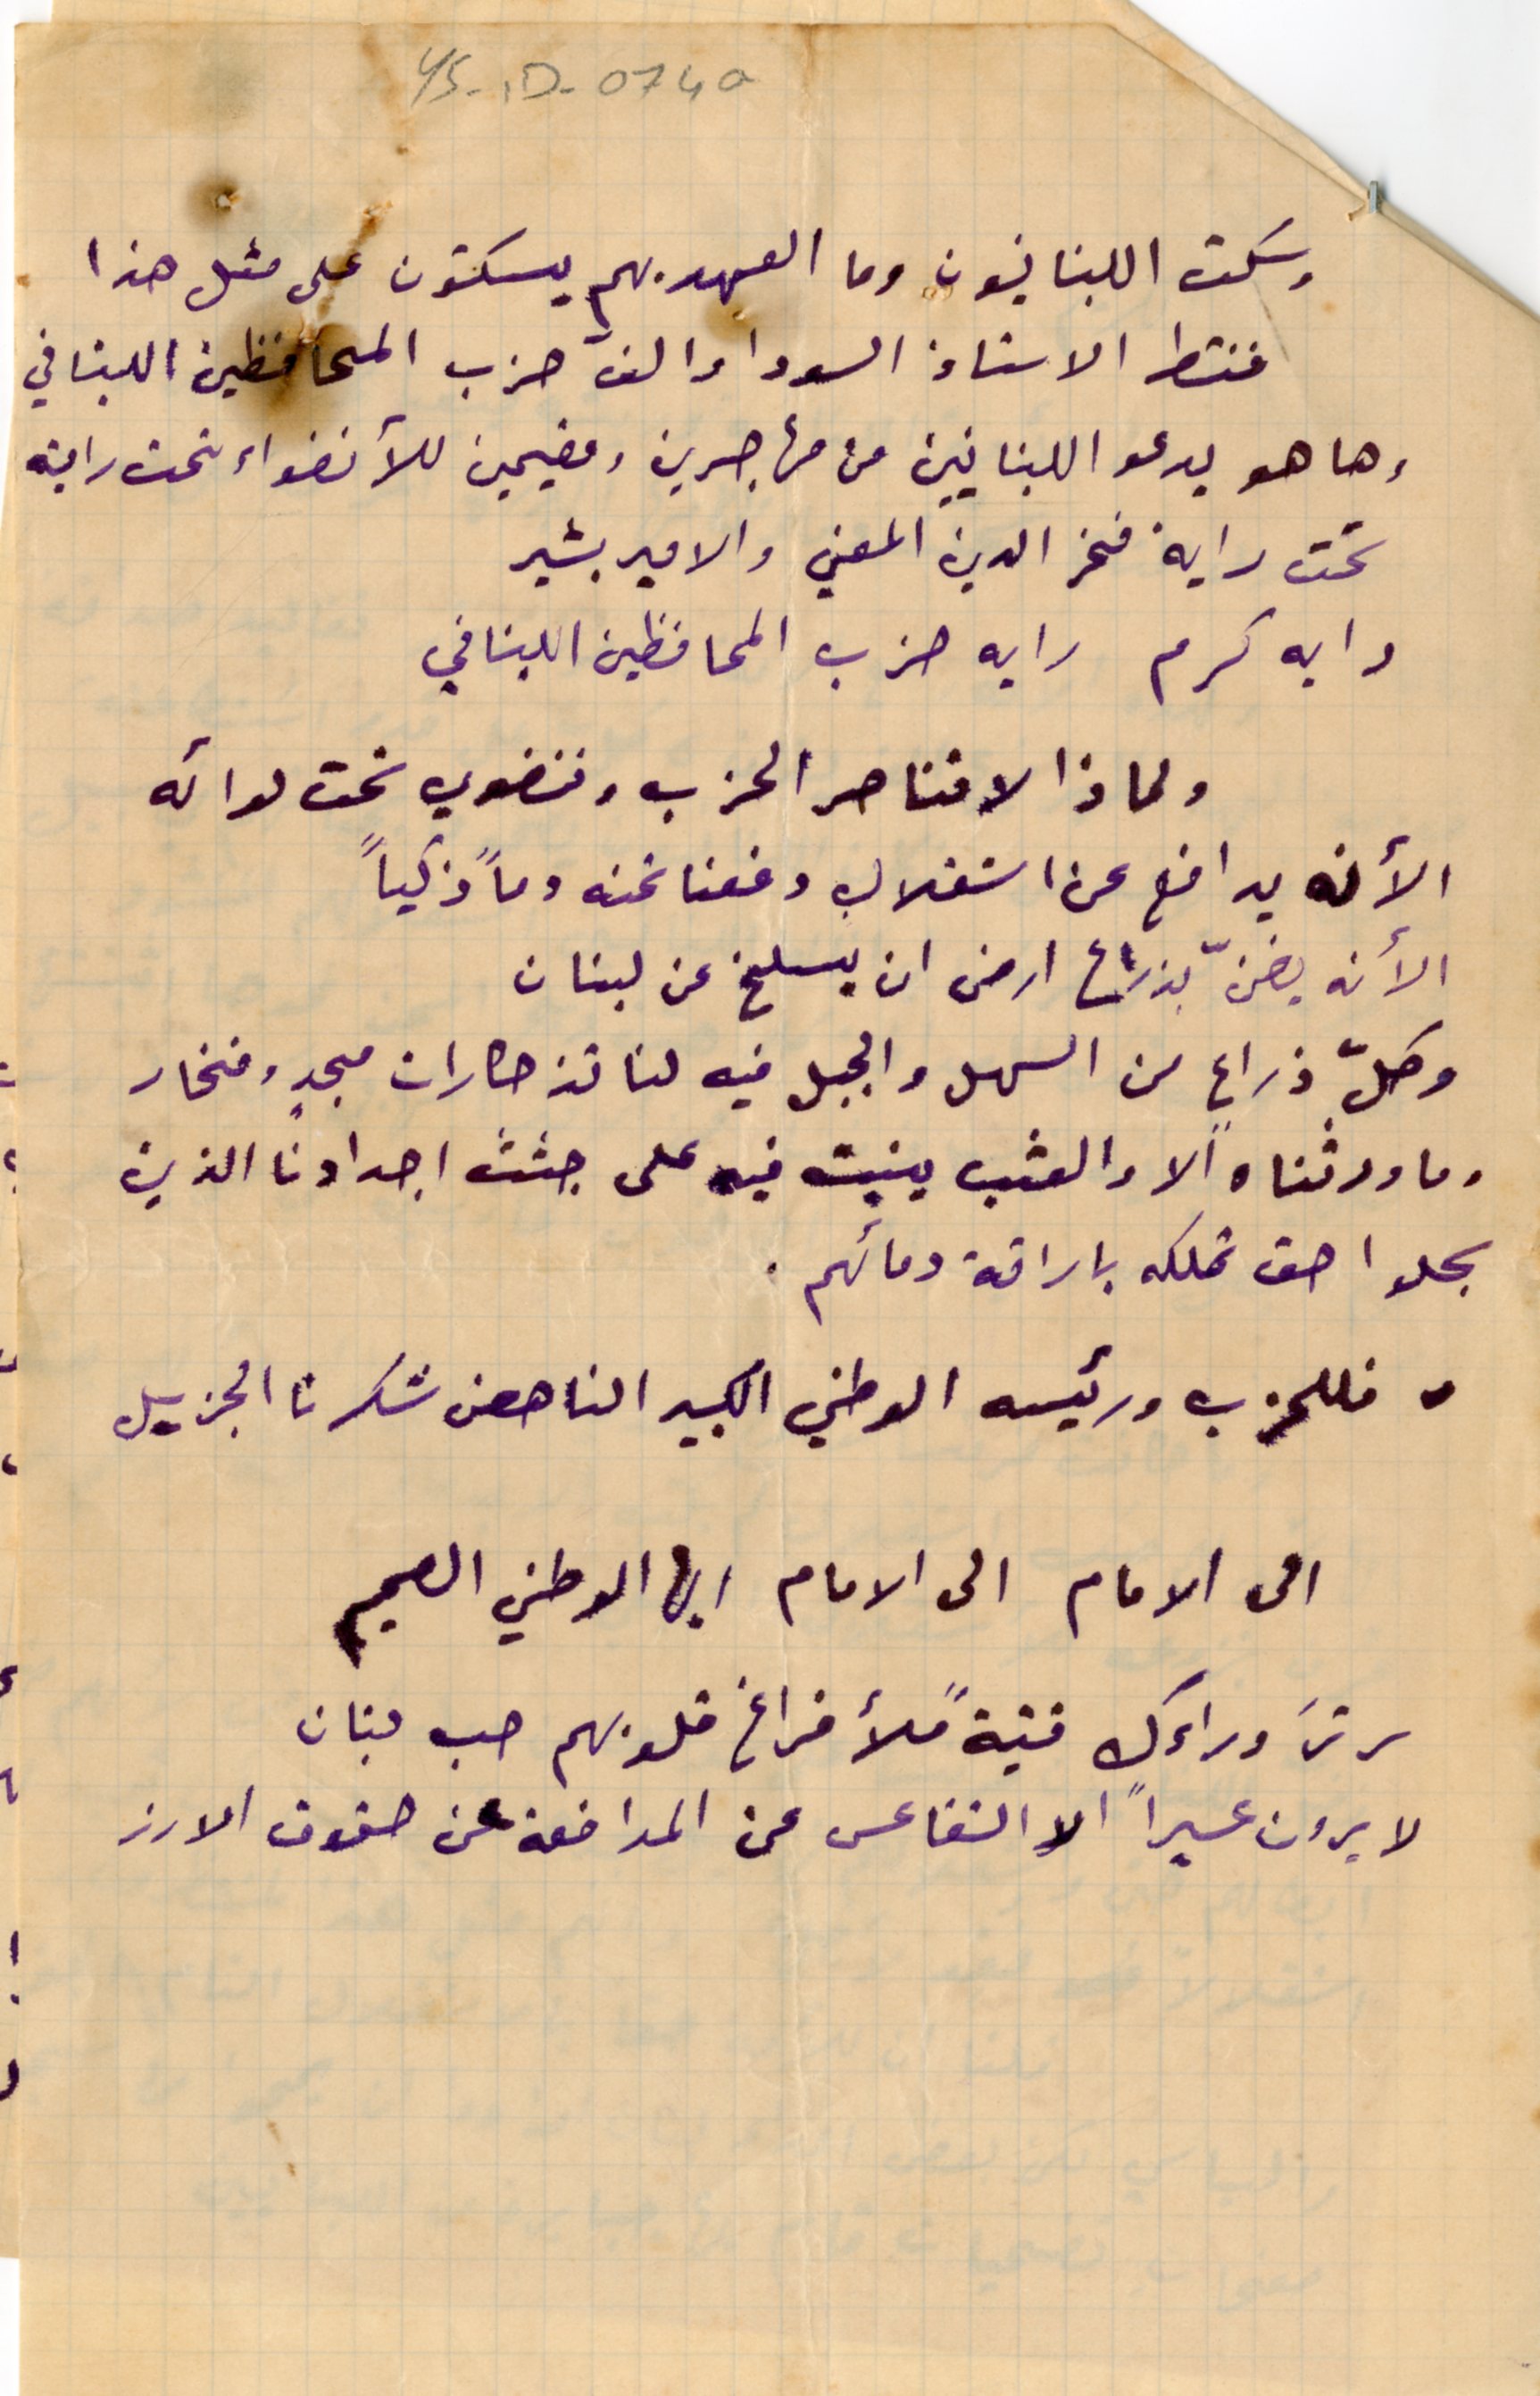
YS-1D- 074a
وسكت الببنانيون وما العهد بهم يسكتون على مثل هذا
فنشط الاستاذ السودا والف حزب المحافظين اللبناني
وها هو يدعو اللبنانيين من مهاجرين ومقيمين للأنضواء تحت رايته
تحت راية فخر الدين المعني والامير بشير
رايه كرم رايه حزب المحافظين اللبناني
ولماذا لا نناصر الحزب وننضوي تحت لوائه
الأنه يدافع عن استقلال دفعنا ثمنه دماً ذكياً
الأنه يضنّ بذراع ارض ان يسلخ عن لبنان
وكلّ ذراعٍ من السهل والجبل فيه لنا تذكارات مجدٍ وفخار
وما ورثناه الا والعشب ينبت فيه على جثث اجدادنا الذين
سجلوا حق تملكه باراقة دمائهم.
فللحزب ورئيسه الوطني الكبير الناهض شكرنا الجزيل
الى الامام الى الامام ايها الوطني الصميم
سر ترَ وراءك فتيةً ملأ فراغ قلوبهم حب لبنان
لا يرون عسيراً الا التقاعس عن المدافعة عن حقوق الارز